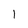
Character: 1